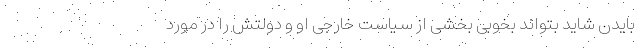
بایدن شاید بتواند بخوبی بخشی از سیاست خارجی او و دولتش را در مورد